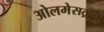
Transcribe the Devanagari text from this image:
ओलमेसट्रान